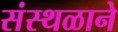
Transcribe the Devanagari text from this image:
संस्थळाने